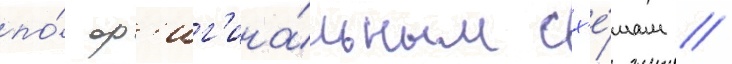
по́ ор'иг'ина́льным сх'е́мам /